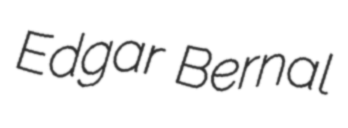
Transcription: Edgar Bernal